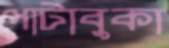
পাটাবুকা